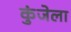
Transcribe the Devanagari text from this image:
कुंजेला